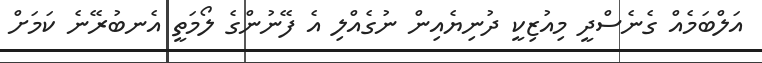
އަލްބަމެއް ގެނެސްދީ މިއުޒިކީ ދުނިޔެއިން ނުގެއްލި އެ ފޭނުންގެ ލޯމަތީ އެނބުރޭނެ ކަމަށް